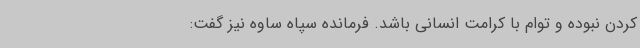
کردن نبوده و توام با کرامت انسانی باشد. فرمانده سپاه ساوه نیز گفت: